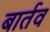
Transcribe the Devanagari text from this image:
बार्तव